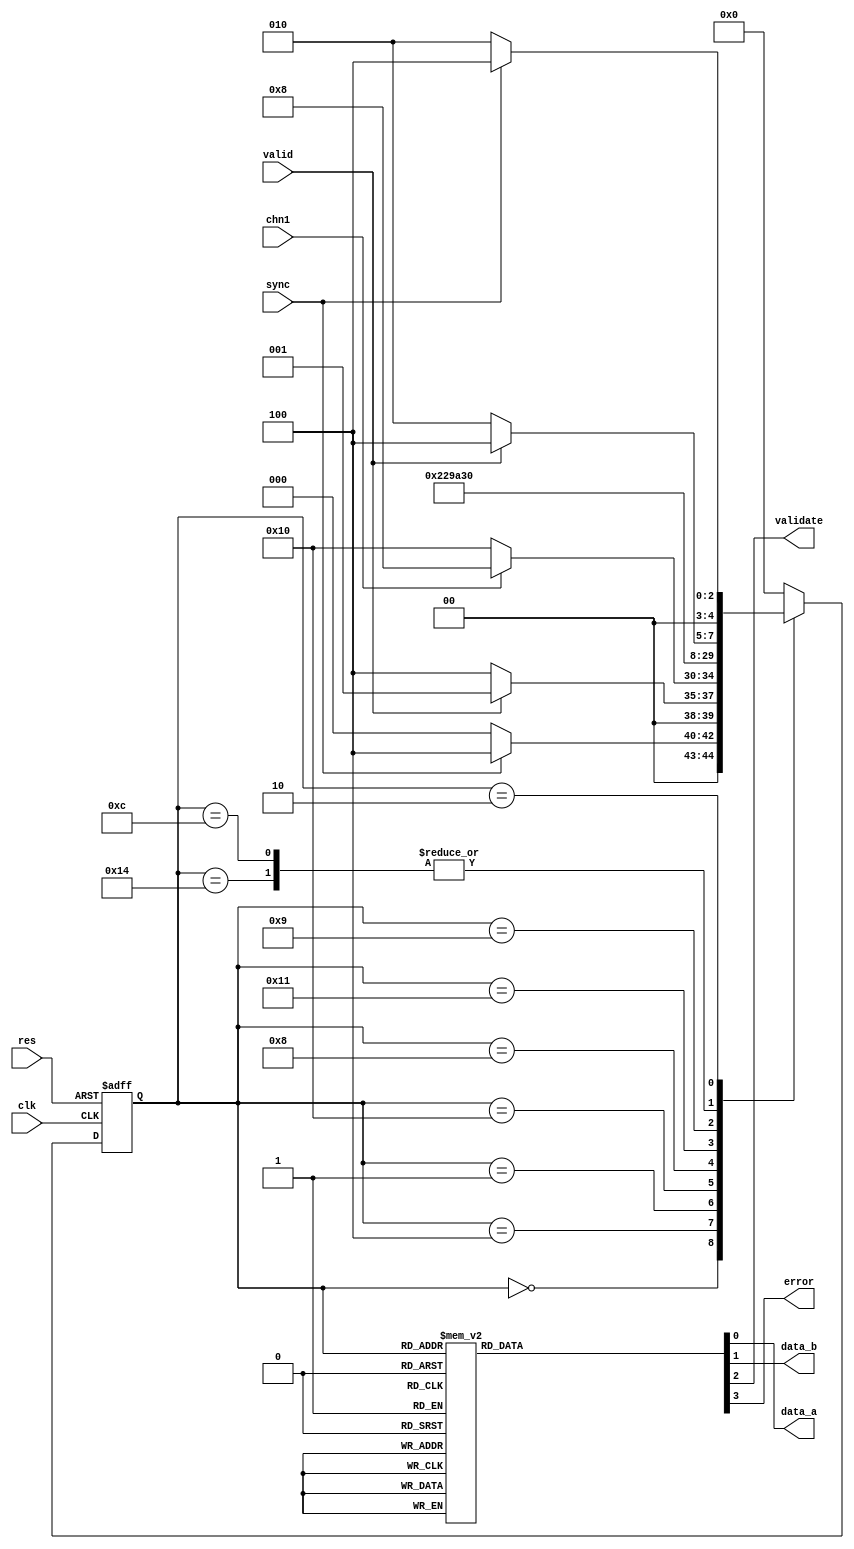
/*******************************************************************************
* Copyright (C) 2018-2022 Intel Corporation
*
* This code and the related documents are Intel copyrighted materials, and
* your use of them is governed by the express license under which they were
* provided to you ("License"). Unless the License provides otherwise, you may
* not use, modify, copy, publish, distribute, disclose or transmit this
* code or the related documents without Intel's prior written permission.
*
* This code and the related documents are provided as is, with no express
* or implied warranties, other than those that are expressly stated in the
* License.
*
*******************************************************************************/

module state_machine_new (
	input clk, res,
	input chn1, sync, valid,
	output reg data_a, data_b, validate, error
);

parameter idle=5'b00000,
	header_wait=5'b00100, 
	got_header=5'b00001,
	a1=5'b10000, 
	a2=5'b10001, 
	a3=5'b10100, 
	b1=5'b01000, 
	b2=5'b01001, 
	b3=5'b01100, 
	recover=5'b00010;
	
reg [4:0] current_state, next_state;

always @ (posedge clk, posedge res)
begin: machine_transitions
	if (res)
		current_state <= idle;
	else
		current_state <= next_state;
end

always @ *
begin: next_state_decode
	case (current_state)
		idle: 	if (sync) next_state = header_wait;
				else next_state = idle;
		header_wait:
				if (valid) next_state = got_header;
				else next_state = header_wait;
		got_header:
				if (!chn1) next_state = a1;
				else next_state = b1;
		a1:		next_state = a2;
		b1:		next_state = b2;
		a2:		next_state = a3;
		b2:		next_state = b3;
		a3:		if (valid) next_state = header_wait;
				else next_state = recover;
		b3:		if (valid) next_state = header_wait;
				else next_state = recover;
		recover:
				if (sync) next_state = header_wait;
				else next_state = recover;
		default:
				next_state = idle;
	endcase
end

always @ (current_state)
begin:  machine_outputs
	data_a = 1'b0;
	data_b = 1'b0;
	validate = 1'b0;
	error = 1'b0;
	case (current_state)
		idle:			;
		header_wait:
				validate = 1'b1;
		a1:		data_a = 1'b1;
		a2:		data_a = 1'b1;
		a3:		begin
				data_a = 1'b1;
				validate = 1'b1;
				end
		b1:		data_b = 1'b1;
		b2:		data_b = 1'b1;	
		b3:		begin
				data_b = 1'b1;
				validate = 1'b1;
				end
		recover:
				error = 1'b1;
		default: ;
	endcase
end

endmodule